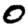
Digit: 0